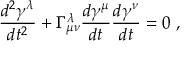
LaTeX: { \frac { d ^ { 2 } \gamma ^ { \lambda } } { d t ^ { 2 } } } + \Gamma _ { \mu \nu } ^ { \lambda } { \frac { d \gamma ^ { \mu } } { d t } } { \frac { d \gamma ^ { \nu } } { d t } } = 0 \ ,